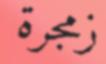
زمجرة